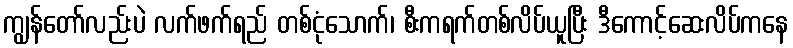
ကျွန်တော်လည်းပဲ လက်ဖက်ရည် တစ်ငုံသောက်၊ စီးကရက်တစ်လိပ်ယူပြီး ဒီကောင့်ဆေးလိပ်ကနေ